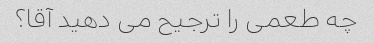
چه طعمی را ترجیح می دهید آقا؟